Sanitation, dispensaries and jails vaccination Rajputana 1922-1927 - 1922-1927
Year: 1922
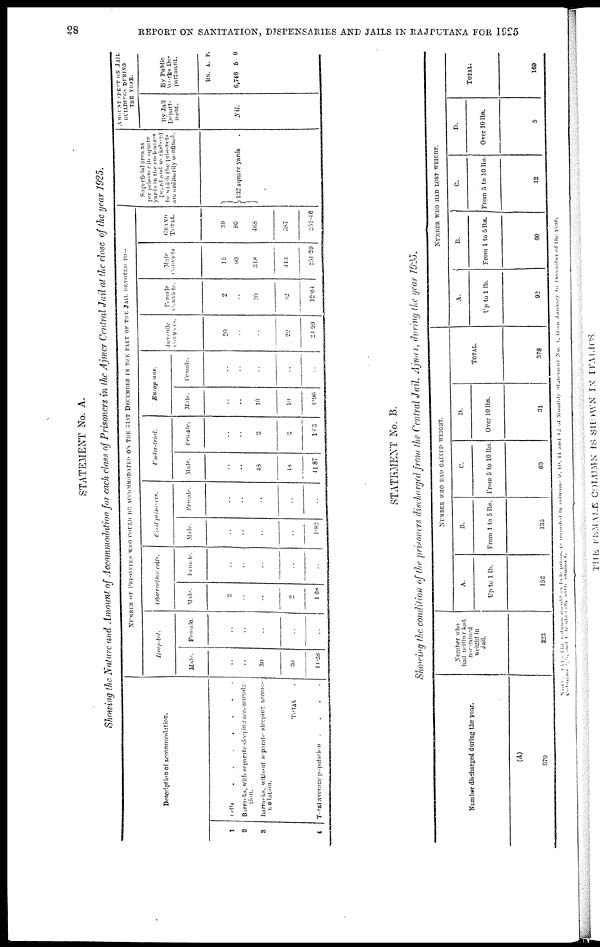
28
REPORT ON SANITATION, DISPENSARIES AND JAILS IN RAJPUTANA FOR 1925
STATEMENT No. A.
Showing the Nature and Amount of Accommodation for each class of Prisoners in the Ajmer Central Jail at the close of the year 1925.
Description of accommodation.
1
2
8
4
Cells
.......
Barrarks, with separate sleeping accommoda
tion.
Barrarks, without separate sleeping accom¬
modation.
TOTAL .
Total average population
.
.
.
.
NUMBER OF PRISONERS WHO COULD BE ACCOMMODATED ON THE 31ST DECEMBER IN THE PART OF THE JAIL DEVOTED TO—
Hospital.
Male.
..
..
30
30
14.28
Female.
..
..
..
..
..
Observation cells.
Male
2
..
..
2
1.98
Female.
..
..
..
..
..
Civil prisoners.
Male.
..
..
..
..
1.82
Female.
..
..
..
..
..
Under-trial.
Male
..
..
48
48
41.87
Female.
..
..
2
2
1.63
Europians.
Male
..
..
10
10
6.96
Female.
..
..
..
..
..
Juvenile
Convicts.
20
..
..
20
21.99
Female
Convicts.
2
..
30
32
12.64
Male
Convicts.
15
80
318
443
251.29
GRAND
TOTAL.
39
80
468
587
351.46
Superficial area as
per prisoner in square
yards in the enclosures
(ward and workshop)
to which the prisoners
are ordinarily confined.
132 square yards .
AMOUNT SPENT ON JAIL
BUILDINGS DURING
THE YEAR.
By Jail
Depart¬
ment.
Nil.
By Public
Works De¬
partment.
Rs.
6,746
A.
5
P.
0
STATEMENT No. B.
Showing the condition of the prisoners discharged from the Central Jail, Ajmer, during the year 1925.
Number discharged during the year.
(A)
870
Number who
had neither lost
nor gained
weight in
Jail.
323
NUMBER WHO HAD GAINED WEIGHT.
A.
Up to 1 lb.
152
B.
From 1 to 5 lbs.
135
C.
From 5 to 10 lbs.
60
D.
Over 10 lbs.
31
TOTAL.
378
NUMBER WHO HAD LOST WEIGHT.
A.
Up to 1 lb.
92
B.
From 1 to 5 lbs.
60
C.
From 5 to 10 lbs.
12
D.
Over 10 lbs.
5
TOTAL.
169
NOTE.—(A) — This column should include prisoners recorded in columns 9, 10, 11 and 12 of Monthly Statement No. 1. from January to December of the year.
Columns
1,3, and 1 should tally
with
cloumn
1.